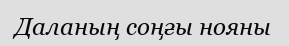
Даланың соңғы нояны